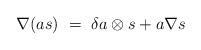
LaTeX: \begin{align*}\nabla (as) \ = \ \delta a \otimes s + a \nabla s\end{align*}